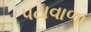
પટાવાળા